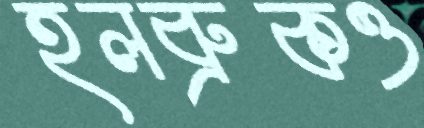
হলব্রুকও